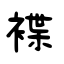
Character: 褋